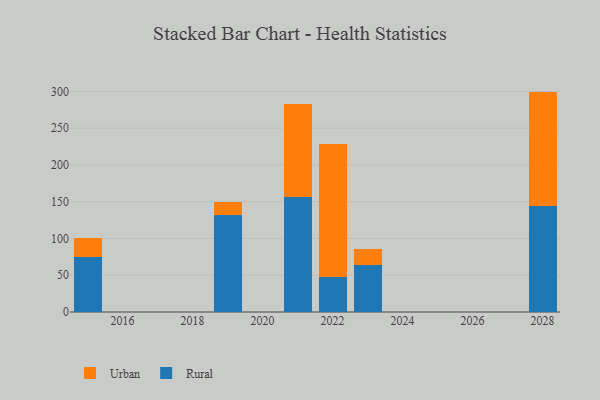
{"axis": {"x": "Year", "y": "Inventory Turnover"}, "legend": ["Rural", "Urban"], "data": [{"x": "2022", "y": 48.2, "type": "Rural"}, {"x": "2022", "y": 179.7, "type": "Urban"}, {"x": "2019", "y": 132.2, "type": "Rural"}, {"x": "2019", "y": 17.8, "type": "Urban"}, {"x": "2028", "y": 144.2, "type": "Rural"}, {"x": "2028", "y": 155.6, "type": "Urban"}, {"x": "2021", "y": 156.9, "type": "Rural"}, {"x": "2021", "y": 126.5, "type": "Urban"}, {"x": "2023", "y": 63.4, "type": "Rural"}, {"x": "2023", "y": 22.5, "type": "Urban"}, {"x": "2015", "y": 75.1, "type": "Rural"}, {"x": "2015", "y": 25.0, "type": "Urban"}]}